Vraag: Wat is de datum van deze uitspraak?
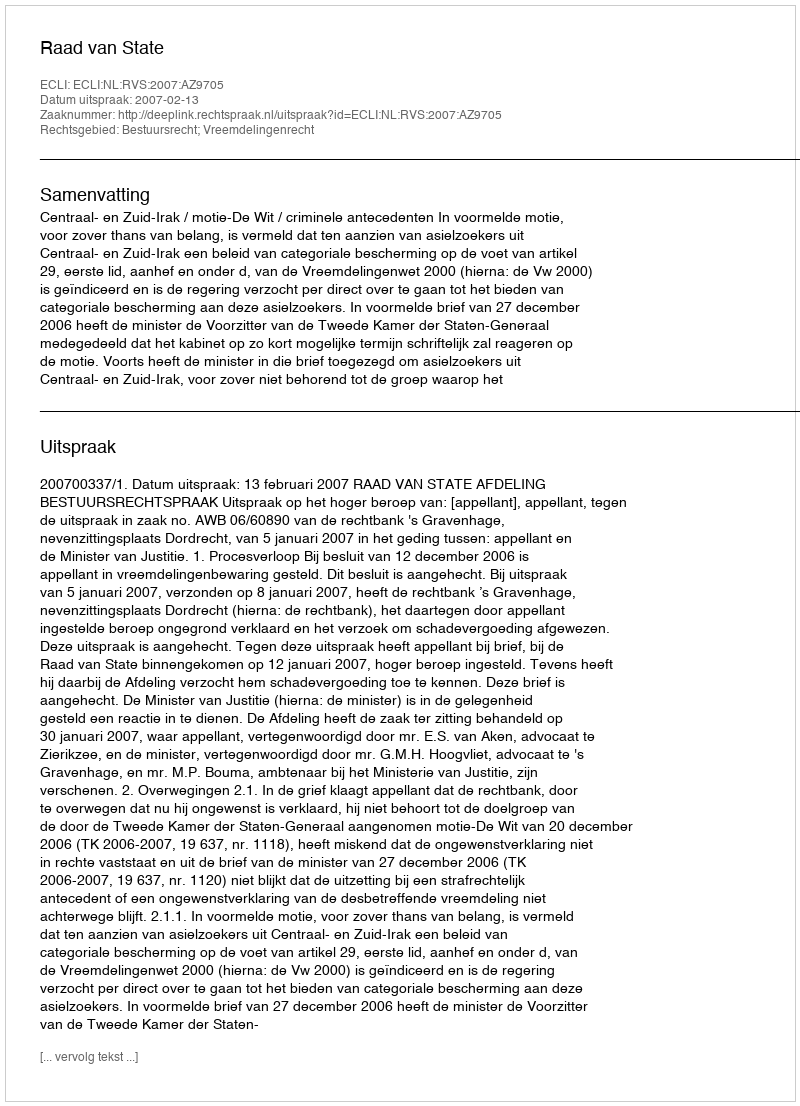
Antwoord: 2007-02-13